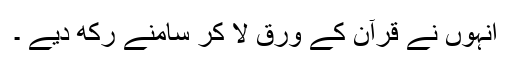
انہوں نے قرآن کے ورق لا کر سامنے رکھ دیے ۔